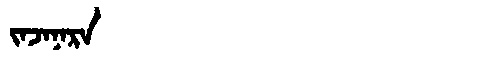
Manchu: ᠵᠠᠵᠠᠨᠠᡵᠠ
Romanization: JAJANARA